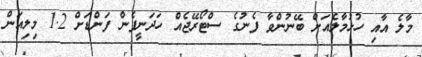
މާލެ އާއި ހުޅުމާލެއަށް ބޭނުންވާ ފެނުގެ ސްޓޯރޭޖެއް ހަދަނީފެން ފަންޑަށް 1.2 މިލިއަން